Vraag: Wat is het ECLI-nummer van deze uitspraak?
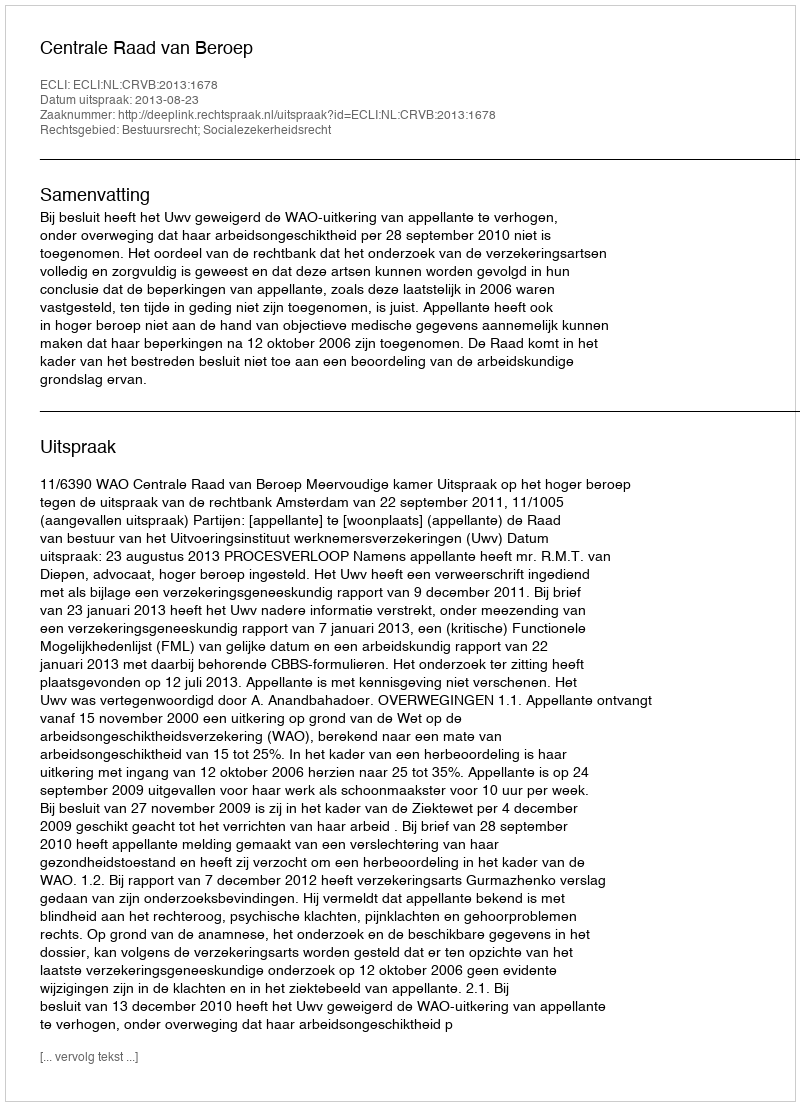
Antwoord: ECLI:NL:CRVB:2013:1678